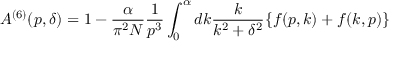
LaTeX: A ^ { ( 6 ) } ( p , \delta ) = 1 - \frac { \alpha } { \pi ^ { 2 } N } \frac { 1 } { p ^ { 3 } } \int _ { 0 } ^ { \alpha } d k \frac { k } { k ^ { 2 } + \delta ^ { 2 } } \{ f ( p , k ) + f ( k , p ) \}